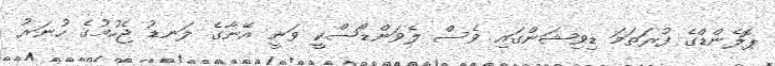
ޕޮލެންޑްގެ ފުރަތަމަ ޑިވިޝަންގައި ވެސް ލެވަންޑޯސްކީ ވަނީ އޭނާގެ ލަނޑު ޖެހުމުގެ ހުނަރު